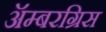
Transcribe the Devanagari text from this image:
ॲम्बरग्रिस